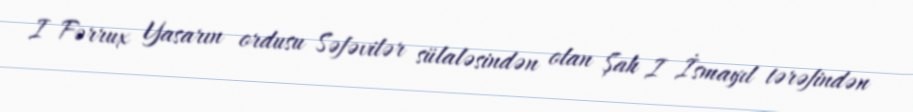
I Fərrux Yasarın ordusu Səfəvilər sülaləsindən olan Şah I İsmayıl tərəfindən